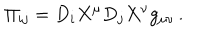
\Pi _ { i j } = D _ { i } X ^ { \mu } D _ { j } X ^ { \nu } g _ { \mu \nu } \, .